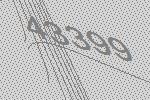
43399